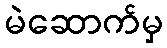
မဲဆောက်မှ